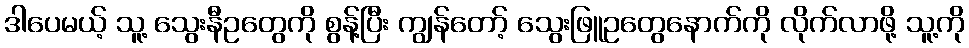
ဒါပေမယ့် သူ့ သွေးနီဥတွေကို စွန့်ပြီး ကျွန်တော့် သွေးဖြူဥတွေနောက်ကို လိုက်လာဖို့ သူ့ကို